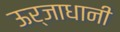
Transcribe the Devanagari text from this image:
ऊर्जाधानी